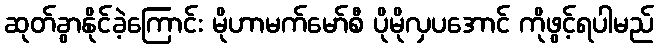
ဆုတ်ခွာနိုင်ခဲ့ကြောင်း မိုဟာမက်မော်စီ ပိုမိုလှပအောင် ကိုဖွင့်ရပါမည်